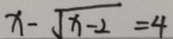
x - \sqrt { x - 2 } = 4